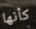
كأنها